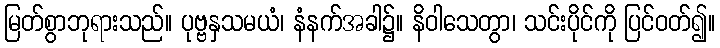
မြတ်စွာဘုရားသည်။ ပုဗ္ဗနှသမယံ၊ နံနက်အခါ၌။ နိဝါသေတွာ၊ သင်းပိုင်ကို ပြင်ဝတ်၍။